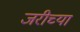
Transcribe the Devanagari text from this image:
जरीच्या